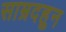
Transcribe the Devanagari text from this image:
साम्रदहुन